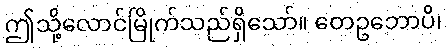
ဤသို့လောင်မြိုက်သည်ရှိသော်။ တေဥဘောပိ၊